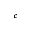
^ { c }